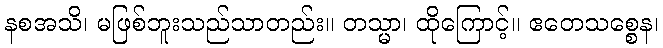
နစအသိ၊ မဖြစ်ဘူးသည်သာတည်း။ တသ္မာ၊ ထိုကြောင့်။ ဧတေသစ္စေန၊